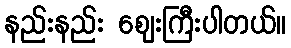
နည်းနည်း ဈေးကြီးပါတယ်။